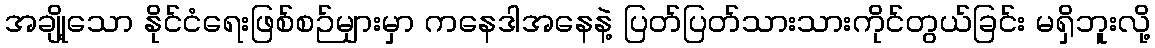
အချို့သော နိုင်ငံရေးဖြစ်စဉ်များမှာ ကနေဒါအနေနဲ့ ပြတ်ပြတ်သားသားကိုင်တွယ်ခြင်း မရှိဘူးလို့